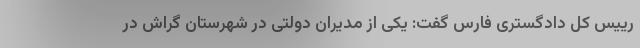
رییس کل دادگستری فارس گفت: یکی از مدیران دولتی در شهرستان گراش در